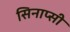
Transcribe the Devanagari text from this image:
सिनाप्सी